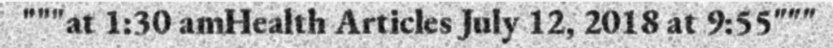
"""at 1:30 amHealth Articles July 12, 2018 at 9:55"""